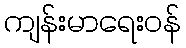
ကျန်းမာရေးဝန်